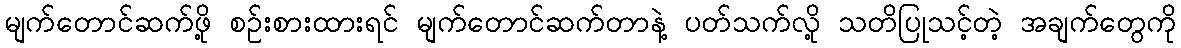
မျက်တောင်ဆက်ဖို့ စဉ်းစားထားရင် မျက်တောင်ဆက်တာနဲ့ ပတ်သက်လို့ သတိပြုသင့်တဲ့ အချက်တွေကို